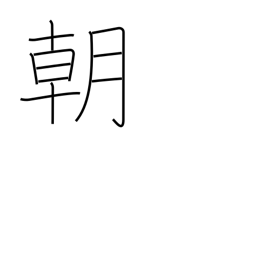
Meaning: dynasty